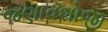
જણાવશોજી